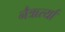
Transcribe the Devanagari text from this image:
नैऋर्त्यां